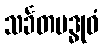
သင်္ခတမဒ္ဓုဝံ